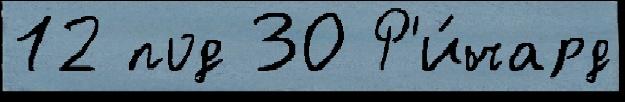
12 под 30 Р'и́чард